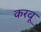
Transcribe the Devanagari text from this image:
करवू